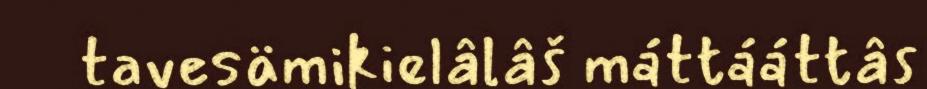
tavesämikielâlâš máttááttâs